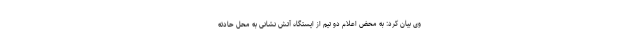
وی بیان کرد: به محض اعلام دو تیم از ایستگاه آتش نشانی به محل حادثه